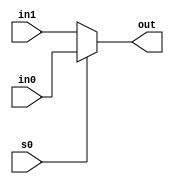
`timescale 1ns / 1ps
//////////////////////////////////////////////////////////////////////////////////
// Company: 
// Engineer: 
// 
// Design Name: 
// Module Name: MUX_To_Reg
// Project Name: 
// Target Devices: 
// Tool Versions: 
// Description: 
// 
// Dependencies: 
// 
// Revision:
// Revision 0.01 - File Created
// Additional Comments:
// 
//////////////////////////////////////////////////////////////////////////////////
module MUX_To_Reg  (in0, in1, s0, out);

	input s0;
	//decide lengths of the input and output depending on parameter W 
	input [63:0] in0, in1;		
	output reg [63:0] out;
	
	//conditional assignment -> s0 selects an input
	always @ (*)
	begin
		if(s0 == 0) begin
			out = in1;
		end 
		else begin
			out = in0;
		end
	end
	//assign out = s0 ? in1 : in0;

endmodule